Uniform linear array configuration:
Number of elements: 4
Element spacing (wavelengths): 0.25
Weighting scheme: hamming
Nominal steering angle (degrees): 60
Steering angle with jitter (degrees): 59.818
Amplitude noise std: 0.05
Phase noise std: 0.05

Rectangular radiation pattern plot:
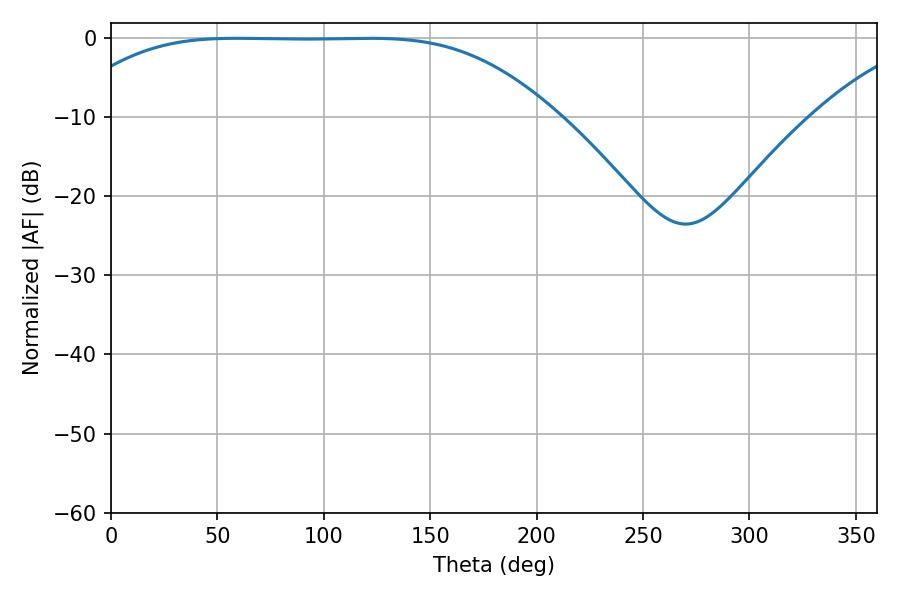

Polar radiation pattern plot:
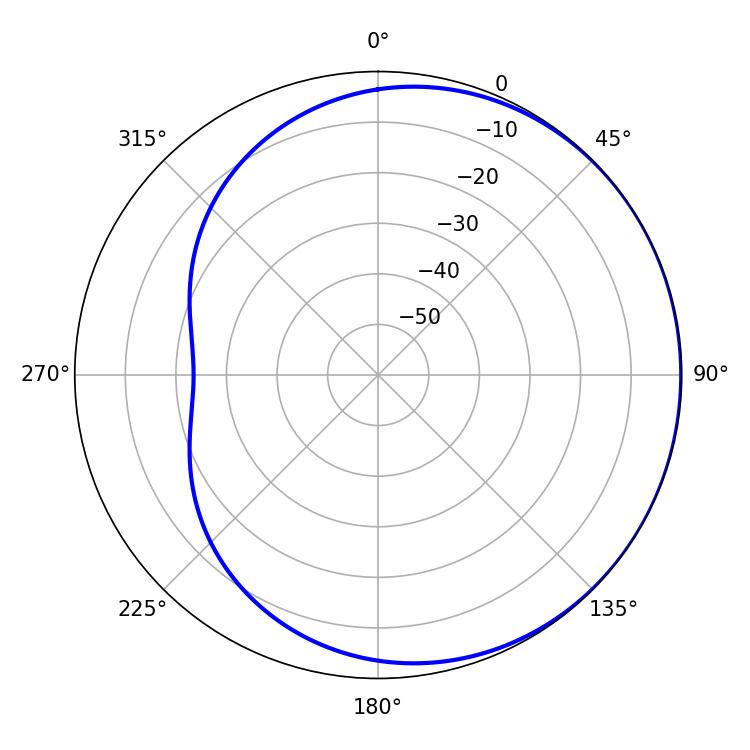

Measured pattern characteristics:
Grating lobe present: FALSE
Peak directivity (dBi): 0.468
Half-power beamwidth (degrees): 172.44
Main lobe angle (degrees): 58.86